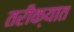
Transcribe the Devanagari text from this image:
तरीक्यात